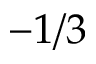
- 1 / 3